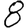
Digit: 8